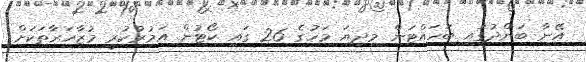
އޭނާ ބަންދުގައި ބަހައްޓަން މިދިޔަ މަހުގެ 26 ގައި ކޯޓުން އަމުރުކުރީ މުޒާހަރާތަކަށް